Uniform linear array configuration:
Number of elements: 24
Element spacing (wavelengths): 0.75
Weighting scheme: binomial
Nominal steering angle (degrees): -60
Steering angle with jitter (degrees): -60.191
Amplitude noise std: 0.05
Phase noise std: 0.05

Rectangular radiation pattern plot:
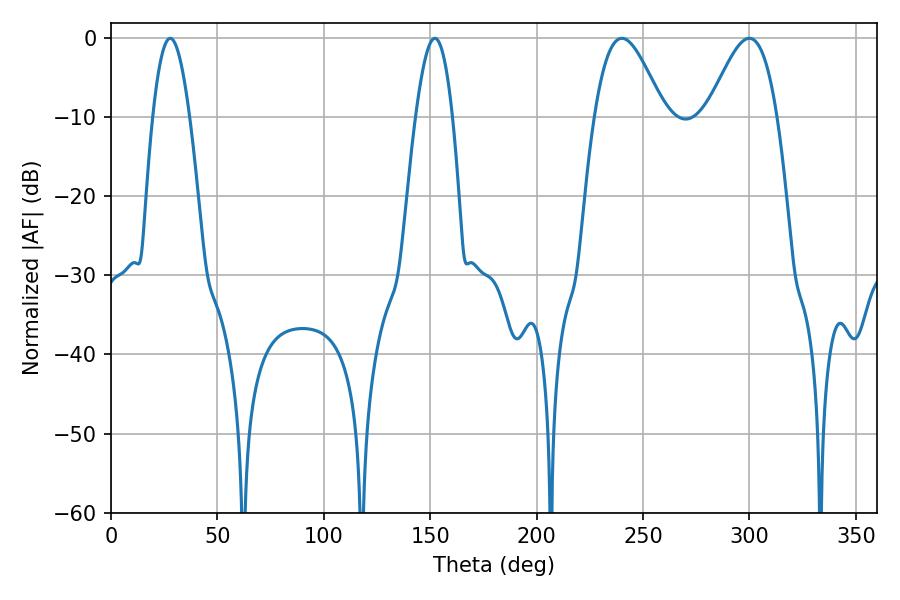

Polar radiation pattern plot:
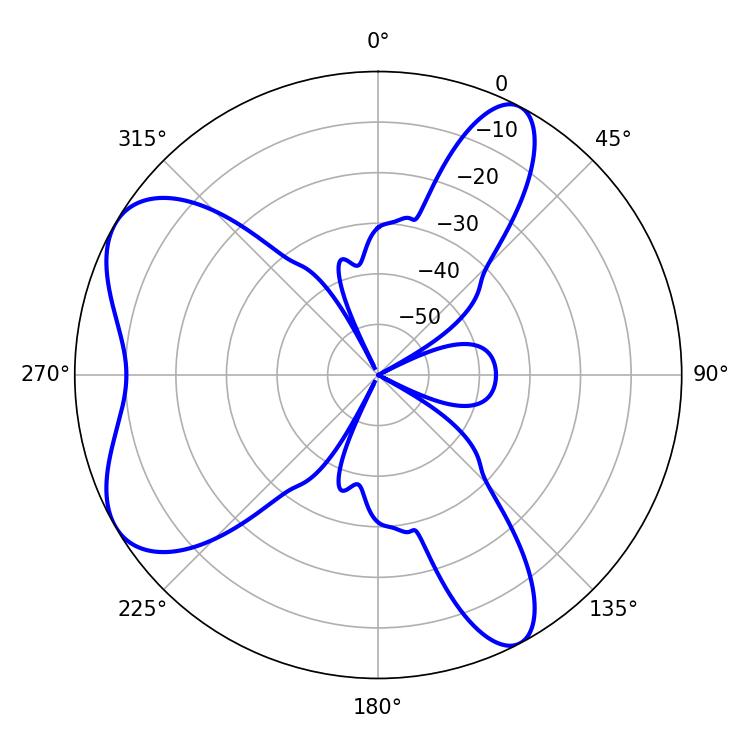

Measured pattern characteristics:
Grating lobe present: TRUE
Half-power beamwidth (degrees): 17.46
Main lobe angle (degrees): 240.12